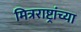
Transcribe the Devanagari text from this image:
मित्रराष्ट्रांच्या